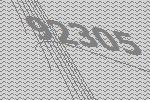
92305